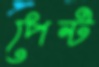
পেন্ট